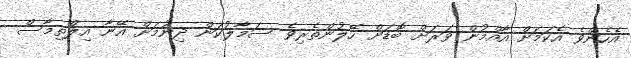
އެހެންވެ އެކަމަށް އާއްމުން ވަރަށް ބޮޑަށް ހޭލުންތެރިވެ ސަމާލުކަން ދިނުމަށް އޭނާ އިލްތިމާސް